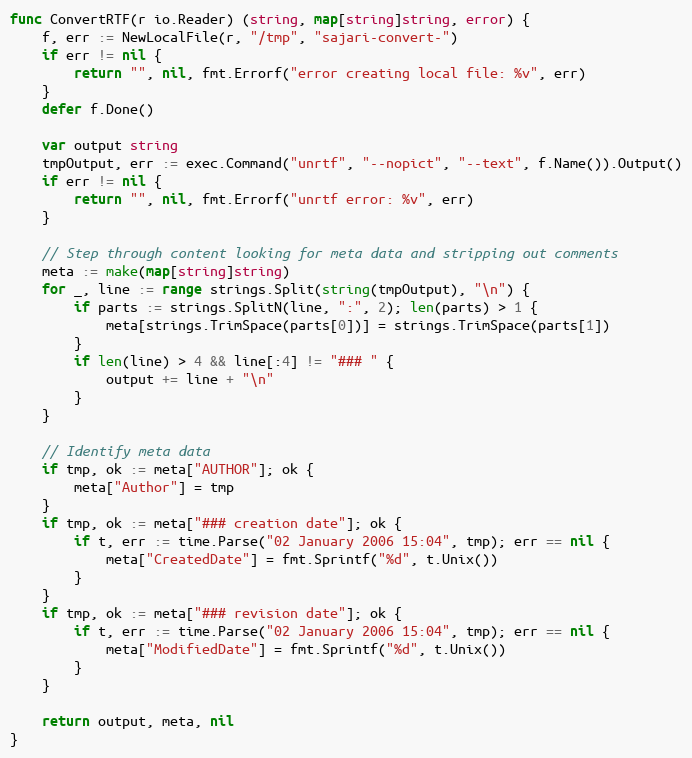
Language: Go
func ConvertRTF(r io.Reader) (string, map[string]string, error) {
	f, err := NewLocalFile(r, "/tmp", "sajari-convert-")
	if err != nil {
		return "", nil, fmt.Errorf("error creating local file: %v", err)
	}
	defer f.Done()

	var output string
	tmpOutput, err := exec.Command("unrtf", "--nopict", "--text", f.Name()).Output()
	if err != nil {
		return "", nil, fmt.Errorf("unrtf error: %v", err)
	}

	// Step through content looking for meta data and stripping out comments
	meta := make(map[string]string)
	for _, line := range strings.Split(string(tmpOutput), "\n") {
		if parts := strings.SplitN(line, ":", 2); len(parts) > 1 {
			meta[strings.TrimSpace(parts[0])] = strings.TrimSpace(parts[1])
		}
		if len(line) > 4 && line[:4] != "### " {
			output += line + "\n"
		}
	}

	// Identify meta data
	if tmp, ok := meta["AUTHOR"]; ok {
		meta["Author"] = tmp
	}
	if tmp, ok := meta["### creation date"]; ok {
		if t, err := time.Parse("02 January 2006 15:04", tmp); err == nil {
			meta["CreatedDate"] = fmt.Sprintf("%d", t.Unix())
		}
	}
	if tmp, ok := meta["### revision date"]; ok {
		if t, err := time.Parse("02 January 2006 15:04", tmp); err == nil {
			meta["ModifiedDate"] = fmt.Sprintf("%d", t.Unix())
		}
	}

	return output, meta, nil
}